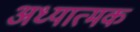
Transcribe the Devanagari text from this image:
अध्यात्मक